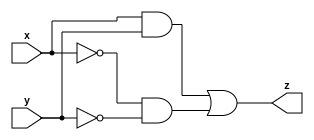
module comparator
(
input x,
input y,
output z
);
wire x_, y_, p, q;
not(x_, x);
not(y_, y);
and(p, x, y);
and(q, x_, y_);
or(z, p, q);
endmodule